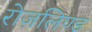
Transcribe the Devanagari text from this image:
रोज़लिण्ड